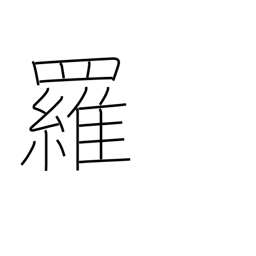
Meaning: gauze